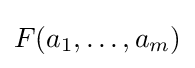
F(a_{1},\ldots ,a_{m})